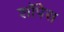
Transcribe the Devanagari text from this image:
शॉपेस